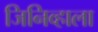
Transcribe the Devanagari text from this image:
जिनिव्हाला